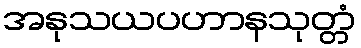
အနုသယပဟာနသုတ္တံ